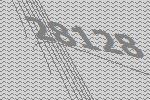
28128